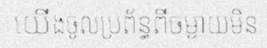
យើងចូលប្រព័ន្ធពីចម្ងាយមិន